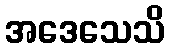
အဒေသေသိ